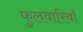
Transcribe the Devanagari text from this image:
फुलवारियाँ